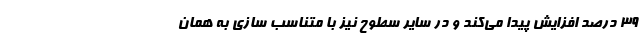
۳۹ درصد افزایش پیدا می‌کند و در سایر سطوح نیز با متناسب سازی به همان